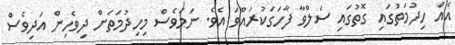
އެއް ހިދުމަތުގައި ގޮތުގައި ސަލްވާ ފާހަގަކުރައްވަ އެވެ. ނަމަވެސް މިހިދުމަތަށް ދިވެހިން އަދިވެސް